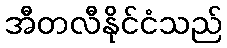
အီတလီနိုင်ငံသည်